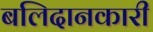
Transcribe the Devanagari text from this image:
बलिदानकारी